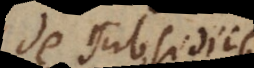
de subsidiis,